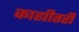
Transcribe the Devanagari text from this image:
काह्यीतरी